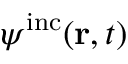
\psi ^ { \mathrm { i n c } } ( { \bf r } , t )